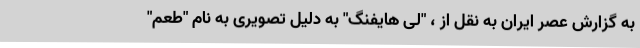
به گزارش عصر ایران به نقل از ، "لی هایفنگ" به دلیل تصویری به نام "طعم"